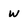
Character: w